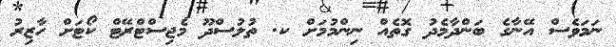
ނަމަވެސް އޭނާގެ ބަންދާމެދު ގޮތެއް ނިންމުމަށް ކ. ތުލުސްދޫ މެޖިސްޓްރޭޓް ކޯޓަށް ހާޒިރު